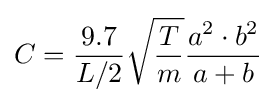
C={\frac {9.7}{L/2}}{\sqrt {\frac {T}{m}}}{\frac {a^{2}\cdot b^{2}}{a+b}}